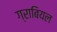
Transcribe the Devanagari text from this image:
ग्राबियल